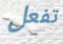
تفعل